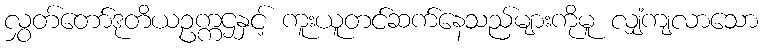
လွှတ်တော်ဒုတိယဥက္ကဌနှင့် ကူးယူတင်ဆက်နေသည်များကိုမူ လျှံကျလာသော